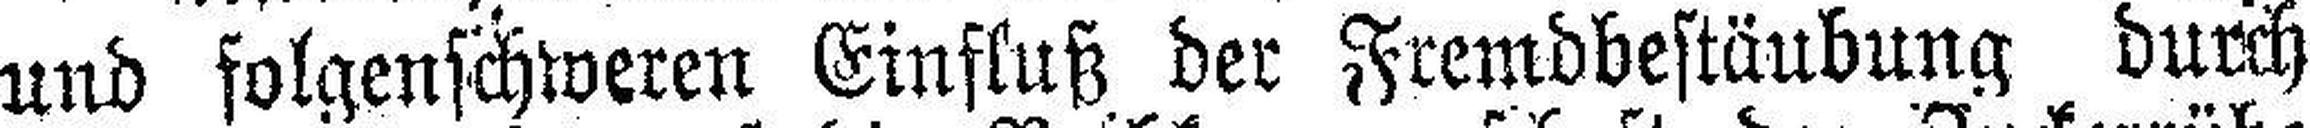
und folgenschweren Einfluß der Fremdbestäubung durch